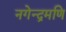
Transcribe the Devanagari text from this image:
नगेन्द्रमणि